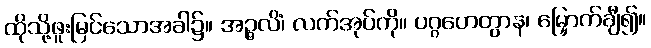
ထိုသို့ဖူးမြင်သောအခါ၌။ အဉ္ဇလိံ၊ လက်အုပ်ကို။ ပဂ္ဂဟေတွာန၊ မြှောက်ချီ၍။